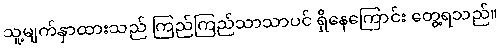
သူ့မျက်နှာထားသည် ကြည်ကြည်သာသာပင် ရှိနေကြောင်း တွေ့ရသည်။